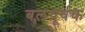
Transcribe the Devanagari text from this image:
बल़पूर्वक